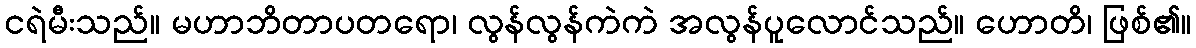
ငရဲမီးသည်။ မဟာဘိတာပတရော၊ လွန်လွန်ကဲကဲ အလွန်ပူလောင်သည်။ ဟောတိ၊ ဖြစ်၏။